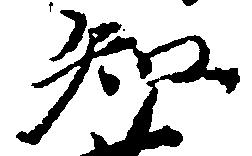
知